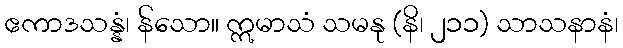
ဧကာဒသန္နံ၊ န်သော။ ဣမာသံ သမနု (နိ၊ ၂၁၁) သာသနာနံ၊